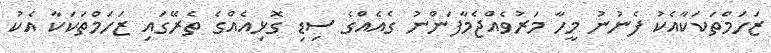
ޒަހަމްތަކަކާއެކު ފެނުނު މީހާ މަރުވެއްޖެމާފަންނު ގެއެއްގެ ސިޑި ގޮޅިއެއްގެ ތެރޭގައި ޒަހަމްތަކަކާ އެކު